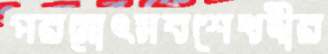
পরমোৎসবশেখদীর